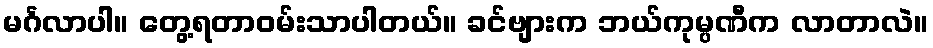
မင်္ဂလာပါ။ တွေ့ရတာဝမ်းသာပါတယ်။ ခင်ဗျားက ဘယ်ကုမ္ပဏီက လာတာလဲ။